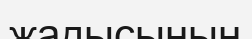
жадысының